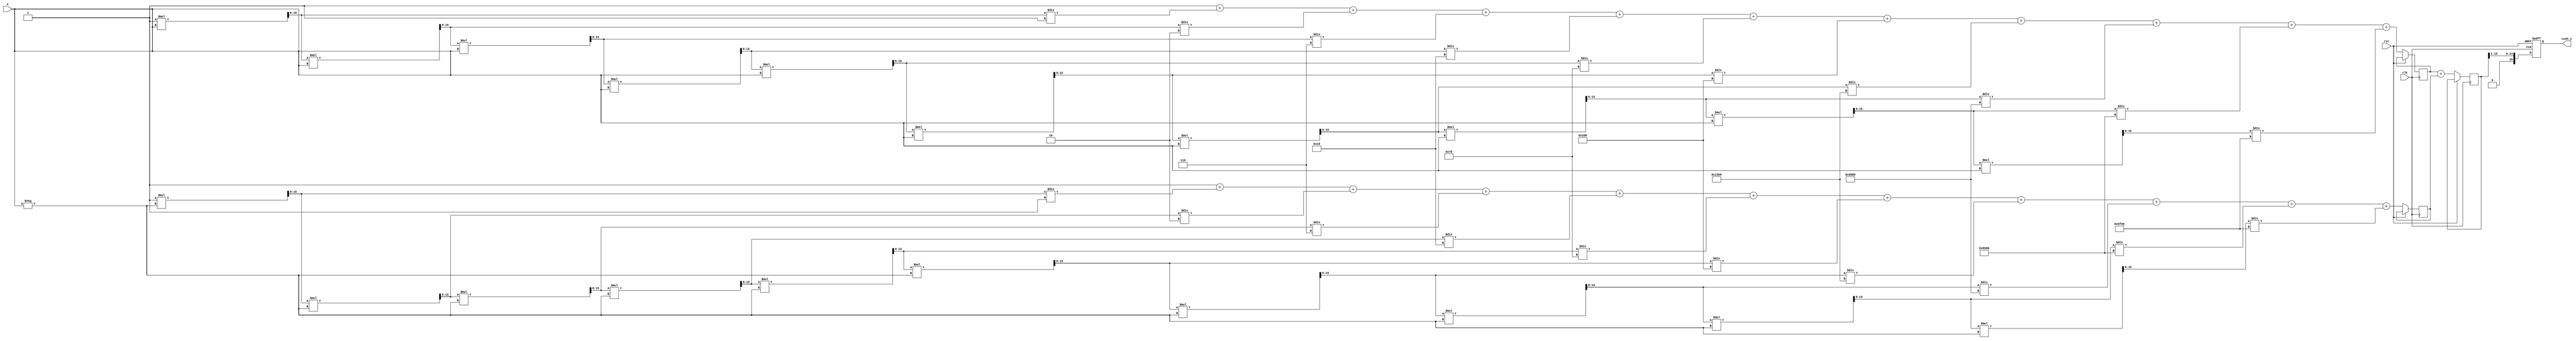
module hyperbolic_cosh (
    input wire [15:0] x,           // Fixed-point input (16-bit)
    output reg [15:0] cosh_x,      // Fixed-point output (16-bit)
    input wire clk,
    input wire rst
);

reg [15:0] exp_x;                 // e^x
reg [15:0] exp_neg_x;             // e^(-x)
reg [15:0] sum_exp;               // e^x + e^(-x)

// Simple exponential approximation (Taylor series or other method could be used)
function [15:0] exp_approx;
    input [15:0] val;
    reg [15:0] result;
    reg [15:0] term;
    integer i;

    begin
        result = 16'h0001; // e^0 = 1
        term = 16'h0001;   // First term (x^0 / 0!)
        for (i = 1; i <= 10; i = i + 1) begin // 10 terms for approximation
            term = (term * val) >> 8; // Scale down for fixed point
            result = result + term / factorial(i);
        end
        exp_approx = result;
    end
endfunction

// Factorial function for use in the exp_approx function
function [15:0] factorial;
    input integer n;
    integer i;
    begin
        factorial = 16'h0001; // 0! = 1
        for (i = 1; i <= n; i = i + 1) begin
            factorial = factorial * i;
        end
    end
endfunction

always @(posedge clk or posedge rst) begin
    if (rst) begin
        cosh_x <= 16'h0000;
    end else begin
        exp_x <= exp_approx(x);             // Calculate e^x
        exp_neg_x <= exp_approx(-x);        // Calculate e^(-x)
        sum_exp <= exp_x + exp_neg_x;       // e^x + e^(-x)
        cosh_x <= sum_exp >> 1;             // (e^x + e^(-x)) / 2
    end
end

endmodule